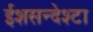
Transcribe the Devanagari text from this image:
ईशसन्देश्टा